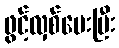
ဖွင့်လှစ်ပေးပြီး